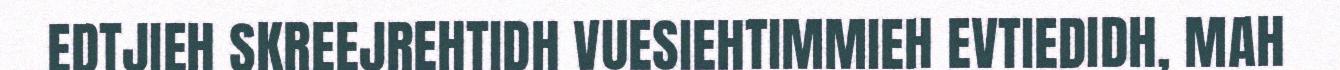
EDTJIEH SKREEJREHTIDH VUESIEHTIMMIEH EVTIEDIDH, MAH